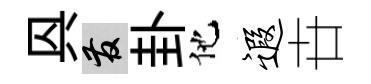
㒷發卦他遐卋